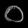
Digit: ၀